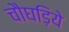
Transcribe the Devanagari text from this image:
चौघड़िये